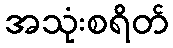
အသုံးစရိတ်